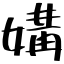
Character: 媾